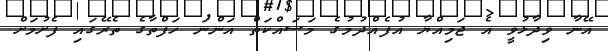
އޭނާ ވިދާޅުވީ އެ ޖަމިއްޔާ އުފެއްދުމުގެ މަސައްކަތް އަންނަ ހަފްތާގެ ތެރޭގައި ފެށުމަށް